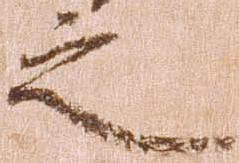
之